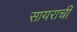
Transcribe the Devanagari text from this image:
सायराची